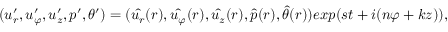
( u _ { r } ^ { \prime } , u _ { \varphi } ^ { \prime } , u _ { z } ^ { \prime } , p ^ { \prime } , \theta ^ { \prime } ) = ( \hat { u _ { r } } ( r ) , \hat { u _ { \varphi } } ( r ) , \hat { u _ { z } } ( r ) , \hat { p } ( r ) , \hat { \theta } ( r ) ) e x p ( s t + i ( n \varphi + k z ) ) ,